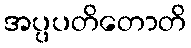
အပ္ပပတိတောတိ